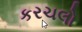
કરચલો